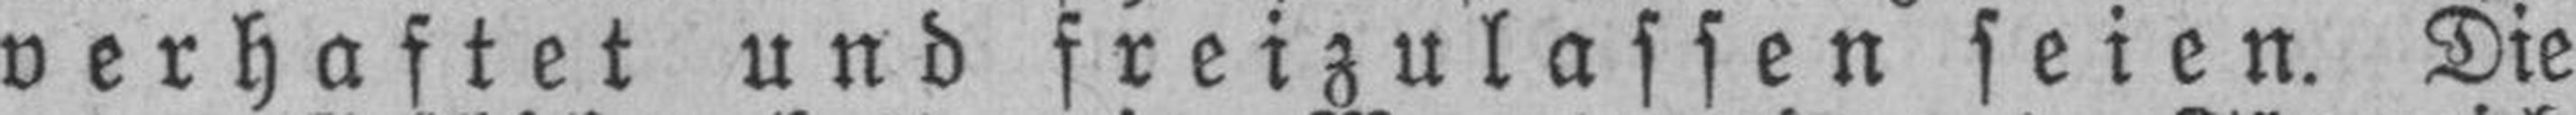
verhaftet und freizulassen seien. Die